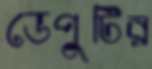
ডেপুটির